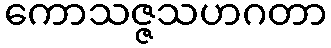
ကောသဇ္ဇသဟဂတာ